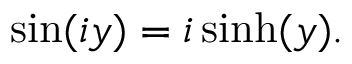
\sin ( i y ) = i \sinh ( y ) .